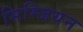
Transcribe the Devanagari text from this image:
सिम्जियन